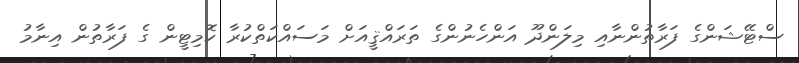
ސްޓޭޝަންގެ ފަރާތުންނާއި މިލަންދޫ އަންހެނުންގެ ތަރައްޤީއަށް މަސައްކަތްކުރާ ކޮމިޓީން ގެ ފަރާތުން އިނާމު